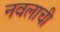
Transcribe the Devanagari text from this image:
नवलाची